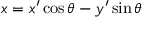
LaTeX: x = x ^ { \prime } \cos \theta - y ^ { \prime } \sin \theta